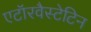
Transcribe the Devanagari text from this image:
एटॉरवैस्टेटिन